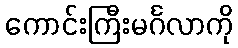
ကောင်းကြီးမင်္ဂလာကို